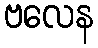
ဗလေန